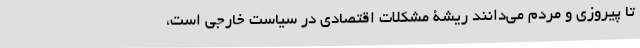
تا پیروزی و مردم می‌دانند ریشۀ مشکلات اقتصادی در سیاست خارجی است،